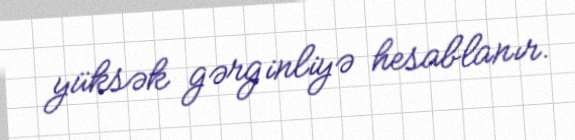
yüksək gərginliyə hesablanır.